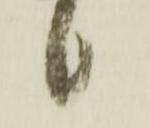
候